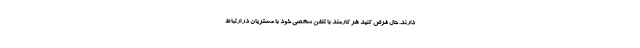
دارند. حال فرض کنید هر کارمند با تلفن شخصی خود با مشتریان در ارتباط